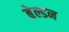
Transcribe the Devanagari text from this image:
बेल्डन